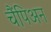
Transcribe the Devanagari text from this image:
चैंपिअन